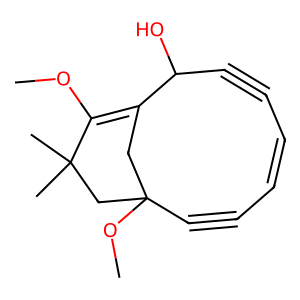
SMILES: COC1=C2CC(OC)(C#CC=CC#CC2O)CC1(C)C
Inhibits HIV replication: No